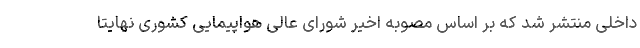
داخلی منتشر شد که بر اساس مصوبه اخیر شورای عالی هواپیمایی کشوری نهایتا